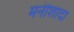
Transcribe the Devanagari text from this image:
मनीशादा